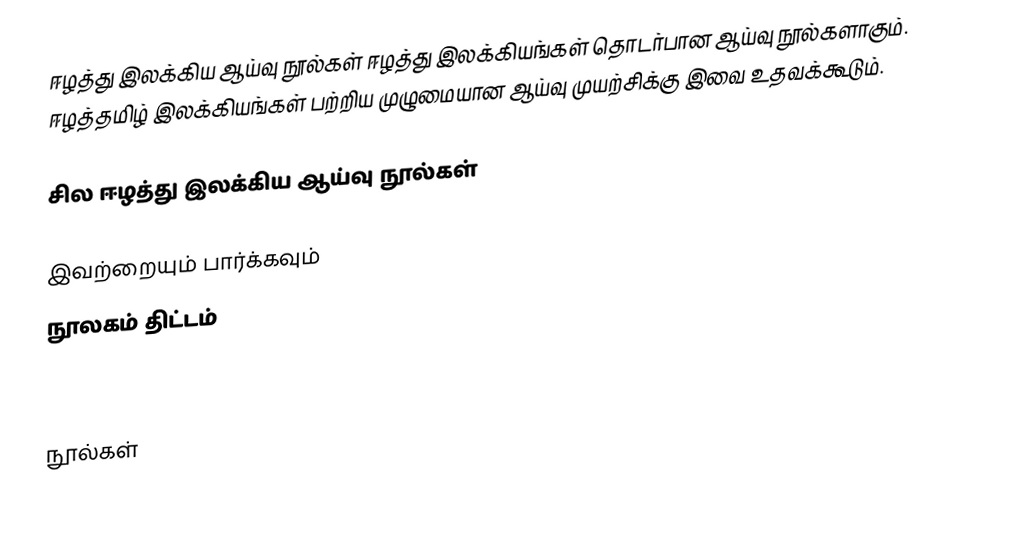
ஈழத்து இலக்கிய ஆய்வு நூல்கள் ஈழத்து இலக்கியங்கள் தொடர்பான ஆய்வு நூல்களாகும். ஈழத்தமிழ் இலக்கியங்கள் பற்றிய முழுமையான ஆய்வு  முயற்சிக்கு  இவை உதவக்கூடும்.

சில ஈழத்து இலக்கிய ஆய்வு நூல்கள்

இவற்றையும் பார்க்கவும்
 நூலகம் திட்டம்

.

நூல்கள்